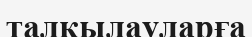
талқылауларға